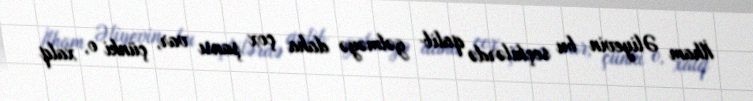
İlham Əliyevin bu seçkilərdə qalib gəlməyə daha çox şansı var, çünki o, xalq